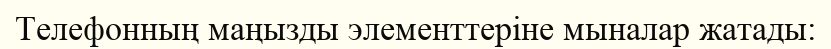
Телефонның маңызды элементтеріне мыналар жатады: